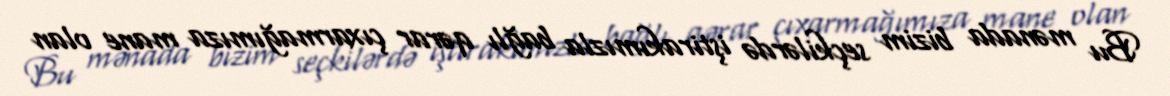
Bu mənada bizim seçkilərdə iştirakımızla bağlı qərar çıxarmağımıza mane olan